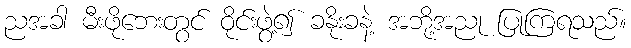
ညအခါ မီးဖိုဘေးတွင် ဝိုင်းဖွဲ့၍ ခနိုးခနဲ့ အဘို့အညု ပြုကြရသည်။